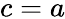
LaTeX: c=a